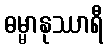
ဓမ္မာနုဿာရီ